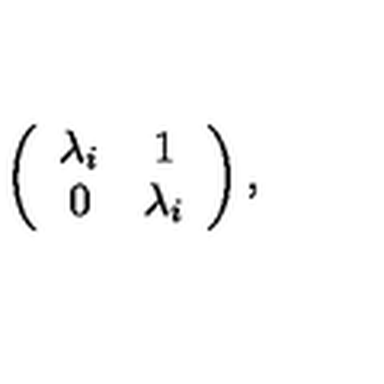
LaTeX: \left( \begin{array} { c c } { \lambda _ { i } } & { 1 } \\ { 0 } & { \lambda _ { i } } \\ \end{array} \right) ,